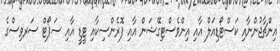
އިންޗާޖުންނާއި ކަސްޓޯޑިއަލް އާއި އިންވެސްޓިގޭޝަން އާއި ފޮރެންސިކާއި ޓީޑީ އާއި ސަޕޯޓް ސަރވިސްގެ